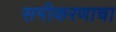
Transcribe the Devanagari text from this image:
समीकरणाचा